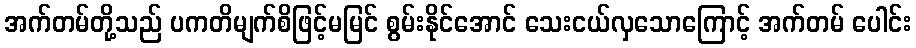
အက်တမ်တို့သည် ပကတိမျက်စိဖြင့်မမြင် စွမ်းနိုင်အောင် သေးငယ်လှသောကြောင့် အက်တမ် ပေါင်း